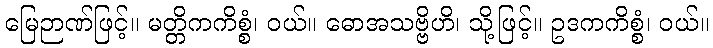
မြေဉာဏ်ဖြင့်။ မတ္တိကကိစ္စံ၊ ဝယ်။ ဓောအသဗ္ဗိဟိ၊ သို့ဖြင့်။ ဥဒကကိစ္စံ၊ ဝယ်။